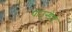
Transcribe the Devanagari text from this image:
पाउन्डेड